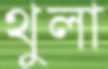
থুলা